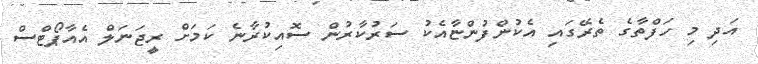
އަދި މި ހަފްތާގެ ތެރޭގައި އެކުންފުންޏާއެކު ސަރުކާރުން ސޮއިކުރާނެ ކަމަށް ރީޖަނަލް އެއާޕޯޓްސް